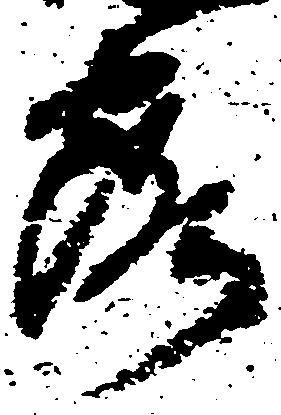
露